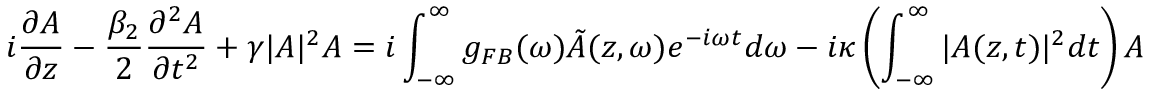
i \frac { \partial A } { \partial z } - \frac { \beta _ { 2 } } { 2 } \frac { \partial ^ { 2 } A } { \partial t ^ { 2 } } + \gamma | A | ^ { 2 } A = i \int _ { - \infty } ^ { \infty } g _ { F B } ( \omega ) \tilde { A } ( z , \omega ) e ^ { - i \omega t } d \omega - i \kappa \left( \int _ { - \infty } ^ { \infty } { | A ( z , t ) | ^ { 2 } d t } \right) A